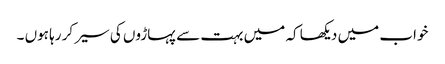
خواب میں دیکھا کہ میں بہت سے پہاڑوں کی سیر کر رہا ہوں ۔